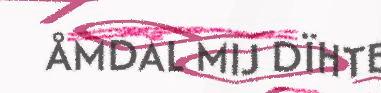
ÅMDAL MIJ DÏHTE